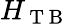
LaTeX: H_{\mathrm{~T~B~}}